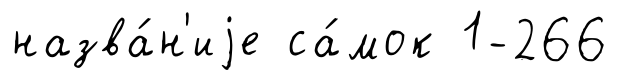
назва́н'иjе са́мок 1-266